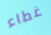
غطاء